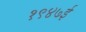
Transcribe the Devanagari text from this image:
१९४७ई